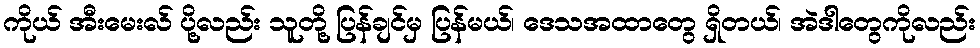
ကိုယ် အီးမေးလ် ပို့လည်း သူတို့ ပြန်ချင်မှ ပြန်မယ်၊ ဒေသအထာတွေ ရှိတယ်၊ အဲဒါတွေကိုလည်း